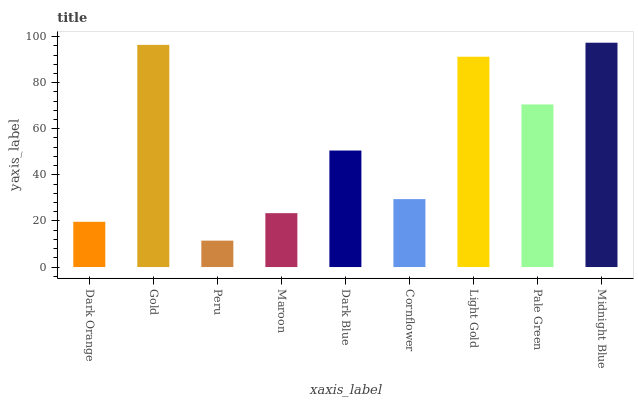
| xaxis_label | bars |
 | --- | --- |
 | Dark Orange | 19.6 |
 | Gold | 96.4 |
 | Peru | 11.5 |
 | Maroon | 23.4 |
 | Dark Blue | 50.6 |
 | Cornflower | 29.5 |
 | Light Gold | 91.3 |
 | Pale Green | 70.6 |
 | Midnight Blue | 97.4 |